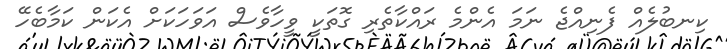
ކިނބުލެއް ފެނިއްޖެ ނަމަ އެންމެ ރައްކާތެރި ގޮތަކީ ވީހާވެސް އަވަހަކަށް އެކަން ކަމާބެހޭ